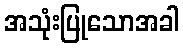
အသုံးပြုသောအခါ